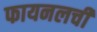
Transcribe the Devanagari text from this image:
फायनलची